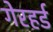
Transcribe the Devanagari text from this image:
गेरहर्ड